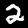
Label: 2